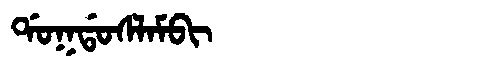
Manchu: ᡩᠣᡴᡩᠣᠰᠯᠠᠮᠪᡳ
Romanization: DOKDOSLAMBI